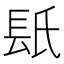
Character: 𨱡